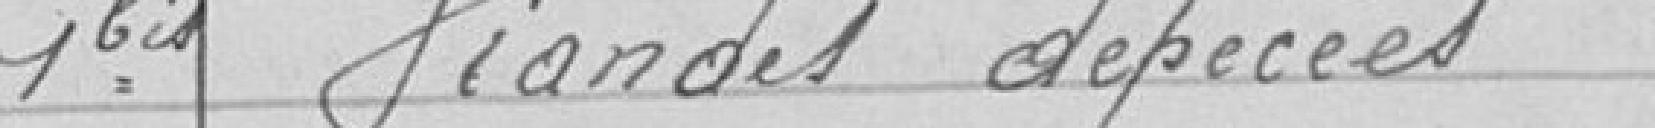
1 bis Viandes dépecées